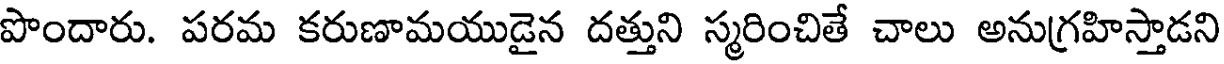
పొందారు. పరమ కరుణామయుడైన దత్తుని స్మరించితే చాలు అనుగ్రహిస్తాడని